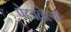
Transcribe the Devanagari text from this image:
पेटवलेल्या